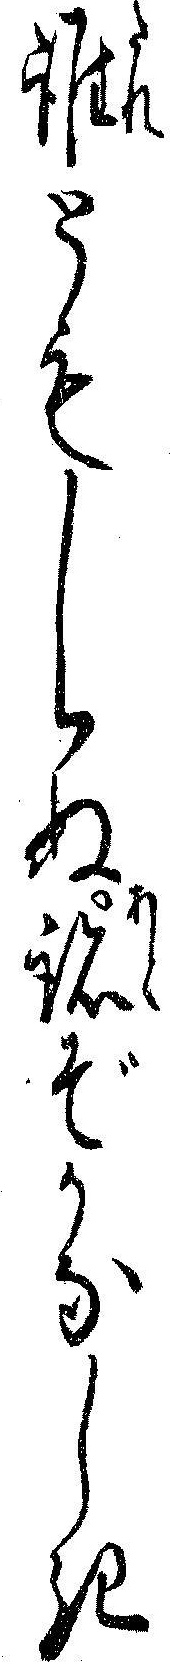
誰ともしらぬ跡ぞかなしき